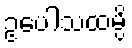
ဥပေါသထမ္ပိ